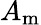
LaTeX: A_{\mathrm{m}}